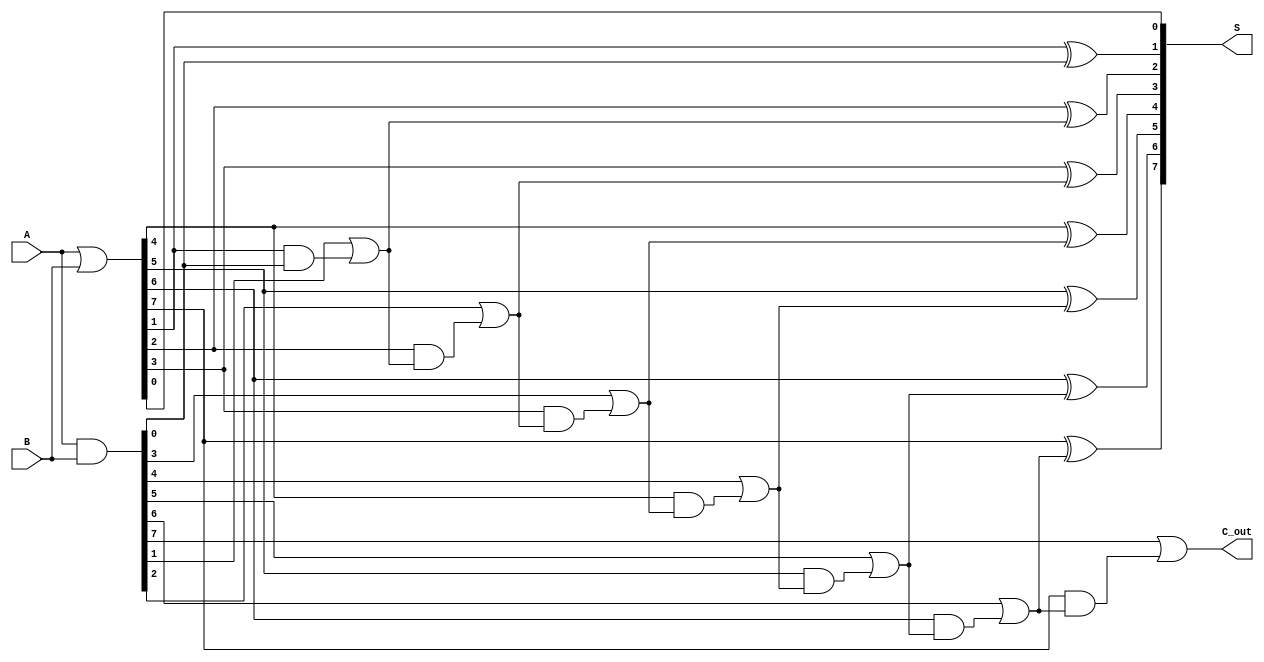
module brent_kung_adder #(parameter n = 8) (
    input  [n-1:0] A,  // First binary number
    input  [n-1:0] B,  // Second binary number
    output [n-1:0] S,  // Sum output
    output C_out       // Carry out
);

    // Generate and propagate signals
    wire [n-1:0] G; // Generate
    wire [n-1:0] P; // Propagate
    wire [n:0] C;   // Carry

    assign G = A & B;       // Generate
    assign P = A | B;       // Propagate
    assign C[0] = 1'b0;     // Initial carry

    // Carry tree levels
    genvar i, j, k;

    // Level 1
    generate
        for (i = 0; i < n; i = i + 1) begin : level1
            assign C[i + 1] = G[i] | (P[i] & C[i]);
        end
    endgenerate

    // Sum calculation
    generate
        for (i = 0; i < n; i = i + 1) begin : sum_calculation
            assign S[i] = P[i] ^ C[i];
        end
    endgenerate

    // Final carry out
    assign C_out = C[n];

endmodule